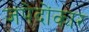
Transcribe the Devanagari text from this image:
जपेदोंकार